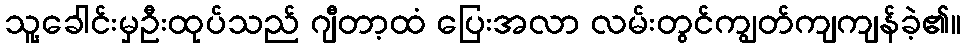
သူ့ခေါင်းမှဦးထုပ်သည် ဂျီတာ့ထံ ပြေးအလာ လမ်းတွင်ကျွတ်ကျကျန်ခဲ့၏။